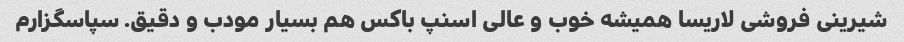
شیرینی فروشی لاریسا همیشه خوب و عالی اسنپ باکس هم بسیار مودب و دقیق. سپاسگزارم